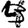
Digit: 3